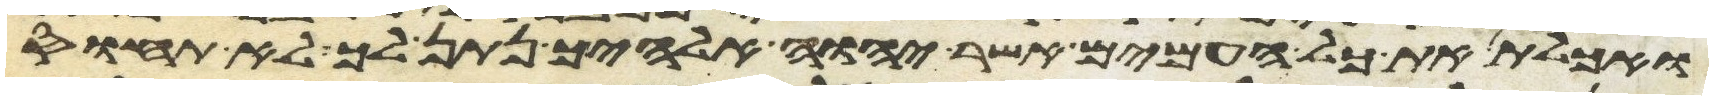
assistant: ואכלת את כל העמים אשר יהוה אלהיך נתן לך לא תחוס